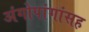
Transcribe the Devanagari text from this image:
अंगोपांगांसह